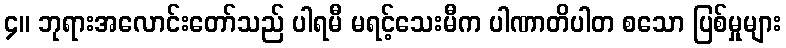
၄။ ဘုရားအလောင်းတော်သည် ပါရမီ မရင့်သေးမီက ပါဏာတိပါတ စသော ပြစ်မှုများ